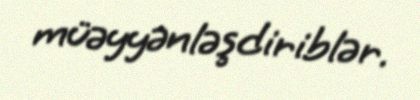
müəyyənləşdiriblər.